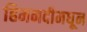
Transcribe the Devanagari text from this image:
हिमनदीमधून